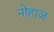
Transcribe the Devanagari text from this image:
नोहाज